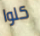
كلوا